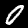
Label: 0